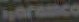
Haramco